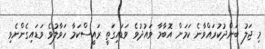
މި ޖަލު ބަންދުކުރައްވާނެ ކަމަށް އޮބާމާ ވައުދުވެ ވަޑައިގަތީ ރައީސްކަމާ ހަވާލުވެ ވަޑައިގެންނެވި